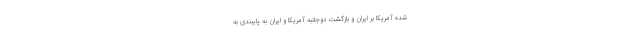
شده آمریکا بر ایران و بازگشت دوجانبه آمریکا و ایران به پایبندی به